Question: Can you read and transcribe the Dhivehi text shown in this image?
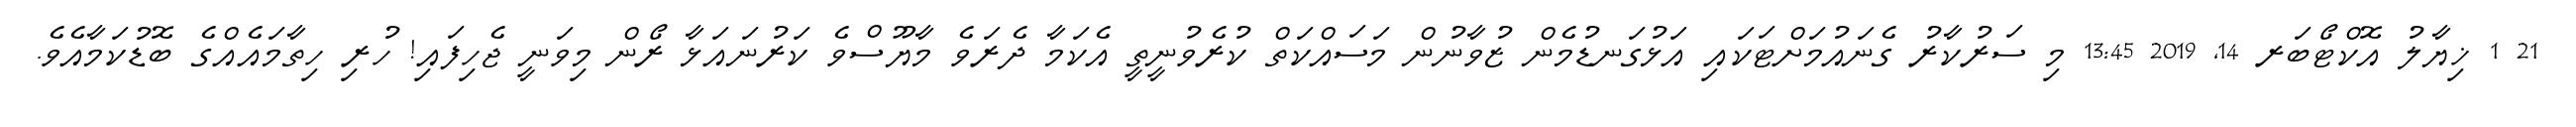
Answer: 21 1 ޚިޔާލު އޮކްޓޯބަރ 14, 2019 13:45 މި ސަރުކާރު ގެނައުމަށްޓަކައި އަޅުގަނޑުމެން ޒުވާނުން މަސައްކަތް ކުރެވުނީތީ އެކަމާ ދެރަވެ މާޔޫސްވެ ކަރުނައަޅާ ރޯން މިވަނީ ޖެހިފައި! ހުރި ހިތާމައެއްގެ ބޮޑުކަމާއެވެ.